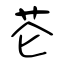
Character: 芲